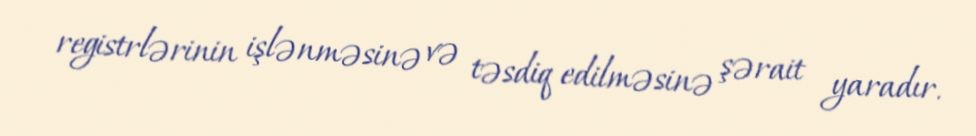
registrlərinin işlənməsinə və təsdiq edilməsinə şərait yaradır.